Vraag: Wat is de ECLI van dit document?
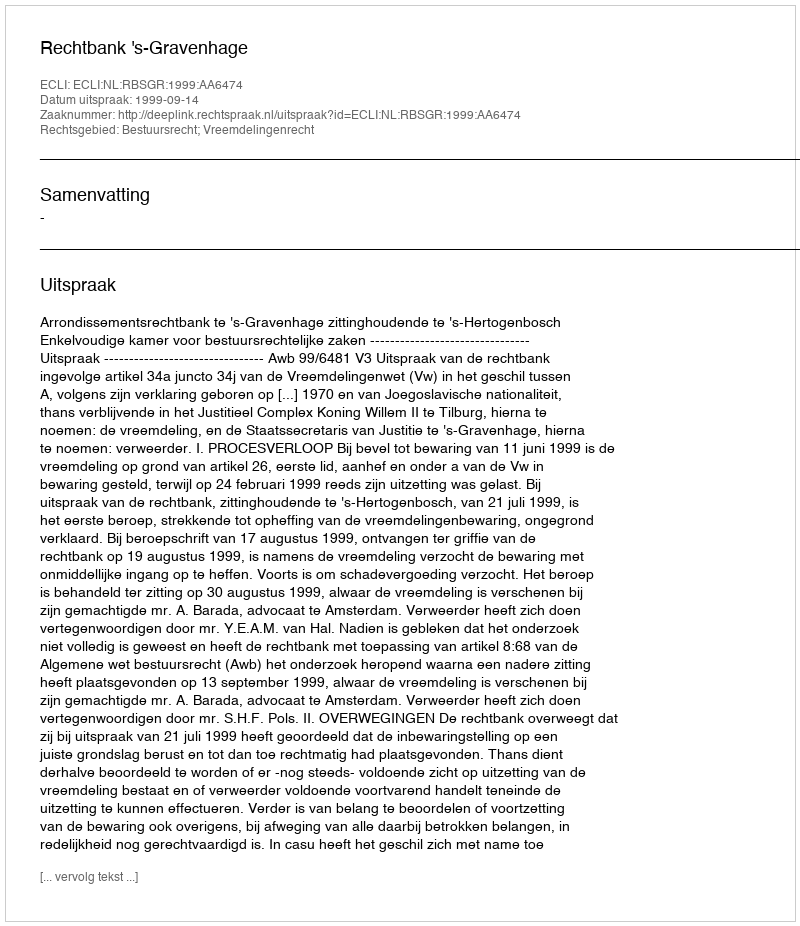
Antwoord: ECLI:NL:RBSGR:1999:AA6474